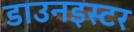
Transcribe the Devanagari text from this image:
डाउनइस्टर